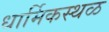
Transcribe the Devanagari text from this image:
धार्मिकस्थळ